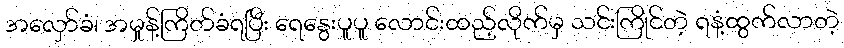
အလှော်ခံ၊ အမှုန့်ကြိတ်ခံရပြီး ရေနွေးပူပူ လောင်းထည့်လိုက်မှ သင်းကြိုင်တဲ့ ရနံ့ထွက်လာတဲ့